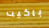
باكيت